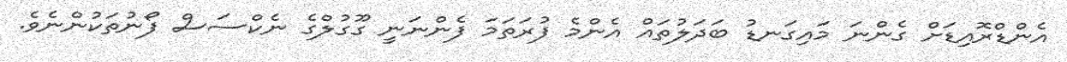
އެންޑްރޮއިޑަށް ގެންނަ މައިގަނޑު ބަދަލުތައް އެންމެ ފުރަތަމަ ފެންނަނީ ގޫގުލްގެ ނެކްސަސް ފޯނުތަކުންނެވެ.